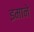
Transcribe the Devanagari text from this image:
इमाने